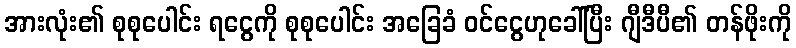
အားလုံး၏ စုစုပေါင်း ရငွေကို စုစုပေါင်း အခြေခံ ဝင်ငွေဟုခေါ်ပြီး ဂျီဒီပီ၏ တန်ဖိုးကို